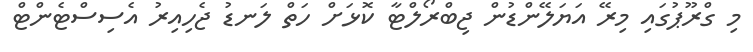
މި ގްރޫޕުގައި މިރޭ އަޔަލޭންޑުން ޖިބްރޯލްޓާ ކޮޅަށް ހަތް ލަނޑު ޖެހިއިރު އެސިސްޓެންޓް